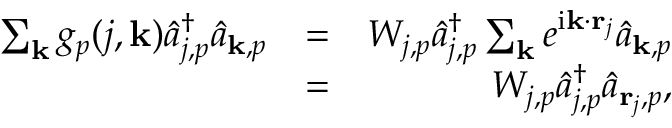
\begin{array} { r l r } { \sum _ { { \bf k } } g _ { p } ( j , { \bf k } ) \hat { a } _ { j , p } ^ { \dagger } \hat { a } _ { { \bf k } , p } } & { = } & { W _ { j , p } \hat { a } _ { j , p } ^ { \dagger } \sum _ { { \bf k } } e ^ { \mathrm { i } { \bf k } \cdot { \bf r } _ { j } } \hat { a } _ { { \bf k } , p } } \\ & { = } & { W _ { j , p } \hat { a } _ { j , p } ^ { \dagger } \hat { a } _ { { \bf r } _ { j } , p } , } \end{array}